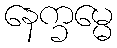
နေက္ခမ္မေ